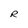
Character: R